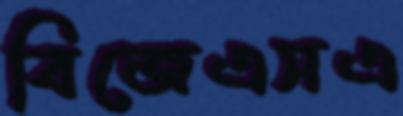
বিজেএসএ